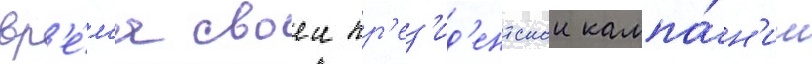
вр'е́м'я своеи пр'ез'ид'ентскои кампа́н'ии